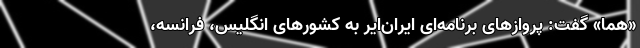
«هما» گفت: پروازهای برنامه‌ای ایران‌ایر به کشورهای انگلیس، فرانسه،